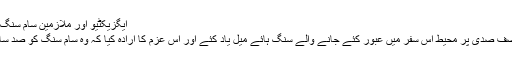
ایگزیکٹیو اور ملازمین سام سنگ کو ایک نمایاں مقام دلانے کے لیے پر عزم
تقریب میں شامل ملازمین اور افسران نے نصف صدی پر محیط اس سفر میں عبور کئے جانے والے سنگ ہائے میل یاد کئے اور اس عزم کا ارادہ کیا کہ وہ سام سنگ کو صد سالہ کمپنی بنانے میں اپنا کردار ادا کریں گے۔